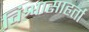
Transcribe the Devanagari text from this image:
विश्वासाहर्ता